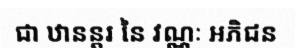
ជា ឋានន្តរ នៃ វណ្ណៈ អភិជន